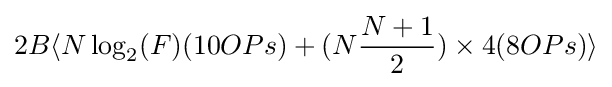
2B\langle N\log _{2}(F)(10OPs)+(N{\frac {N+1}{2}})\times 4(8OPs)\rangle